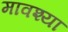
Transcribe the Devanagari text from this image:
मावश्या